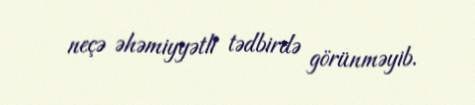
neçə əhəmiyyətli tədbirdə görünməyib.